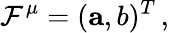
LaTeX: \mathcal{F}^{\mu}=({\mathbf{{a}}},b)^{T}\, ,